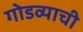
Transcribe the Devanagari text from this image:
गोडव्याची